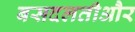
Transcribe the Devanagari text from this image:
बसदलतीऔर